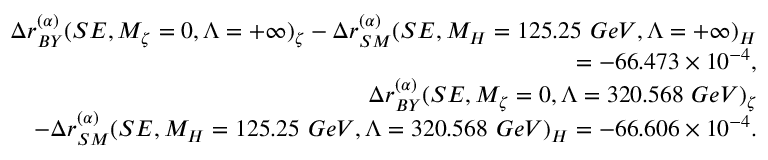
\begin{array} { r l r } & { } & { \Delta r _ { B Y } ^ { ( \alpha ) } ( S E , M _ { \zeta } = 0 , \Lambda = + \infty ) _ { \zeta } - \Delta r _ { S M } ^ { ( \alpha ) } ( S E , M _ { H } = 1 2 5 . 2 5 \ G e V , \Lambda = + \infty ) _ { H } } \\ & { } & { = - 6 6 . 4 7 3 \times 1 0 ^ { - 4 } , } \\ & { } & { \Delta r _ { B Y } ^ { ( \alpha ) } ( S E , M _ { \zeta } = 0 , \Lambda = 3 2 0 . 5 6 8 \ G e V ) _ { \zeta } } \\ & { } & { - \Delta r _ { S M } ^ { ( \alpha ) } ( S E , M _ { H } = 1 2 5 . 2 5 \ G e V , \Lambda = 3 2 0 . 5 6 8 \ G e V ) _ { H } = - 6 6 . 6 0 6 \times 1 0 ^ { - 4 } . } \end{array}